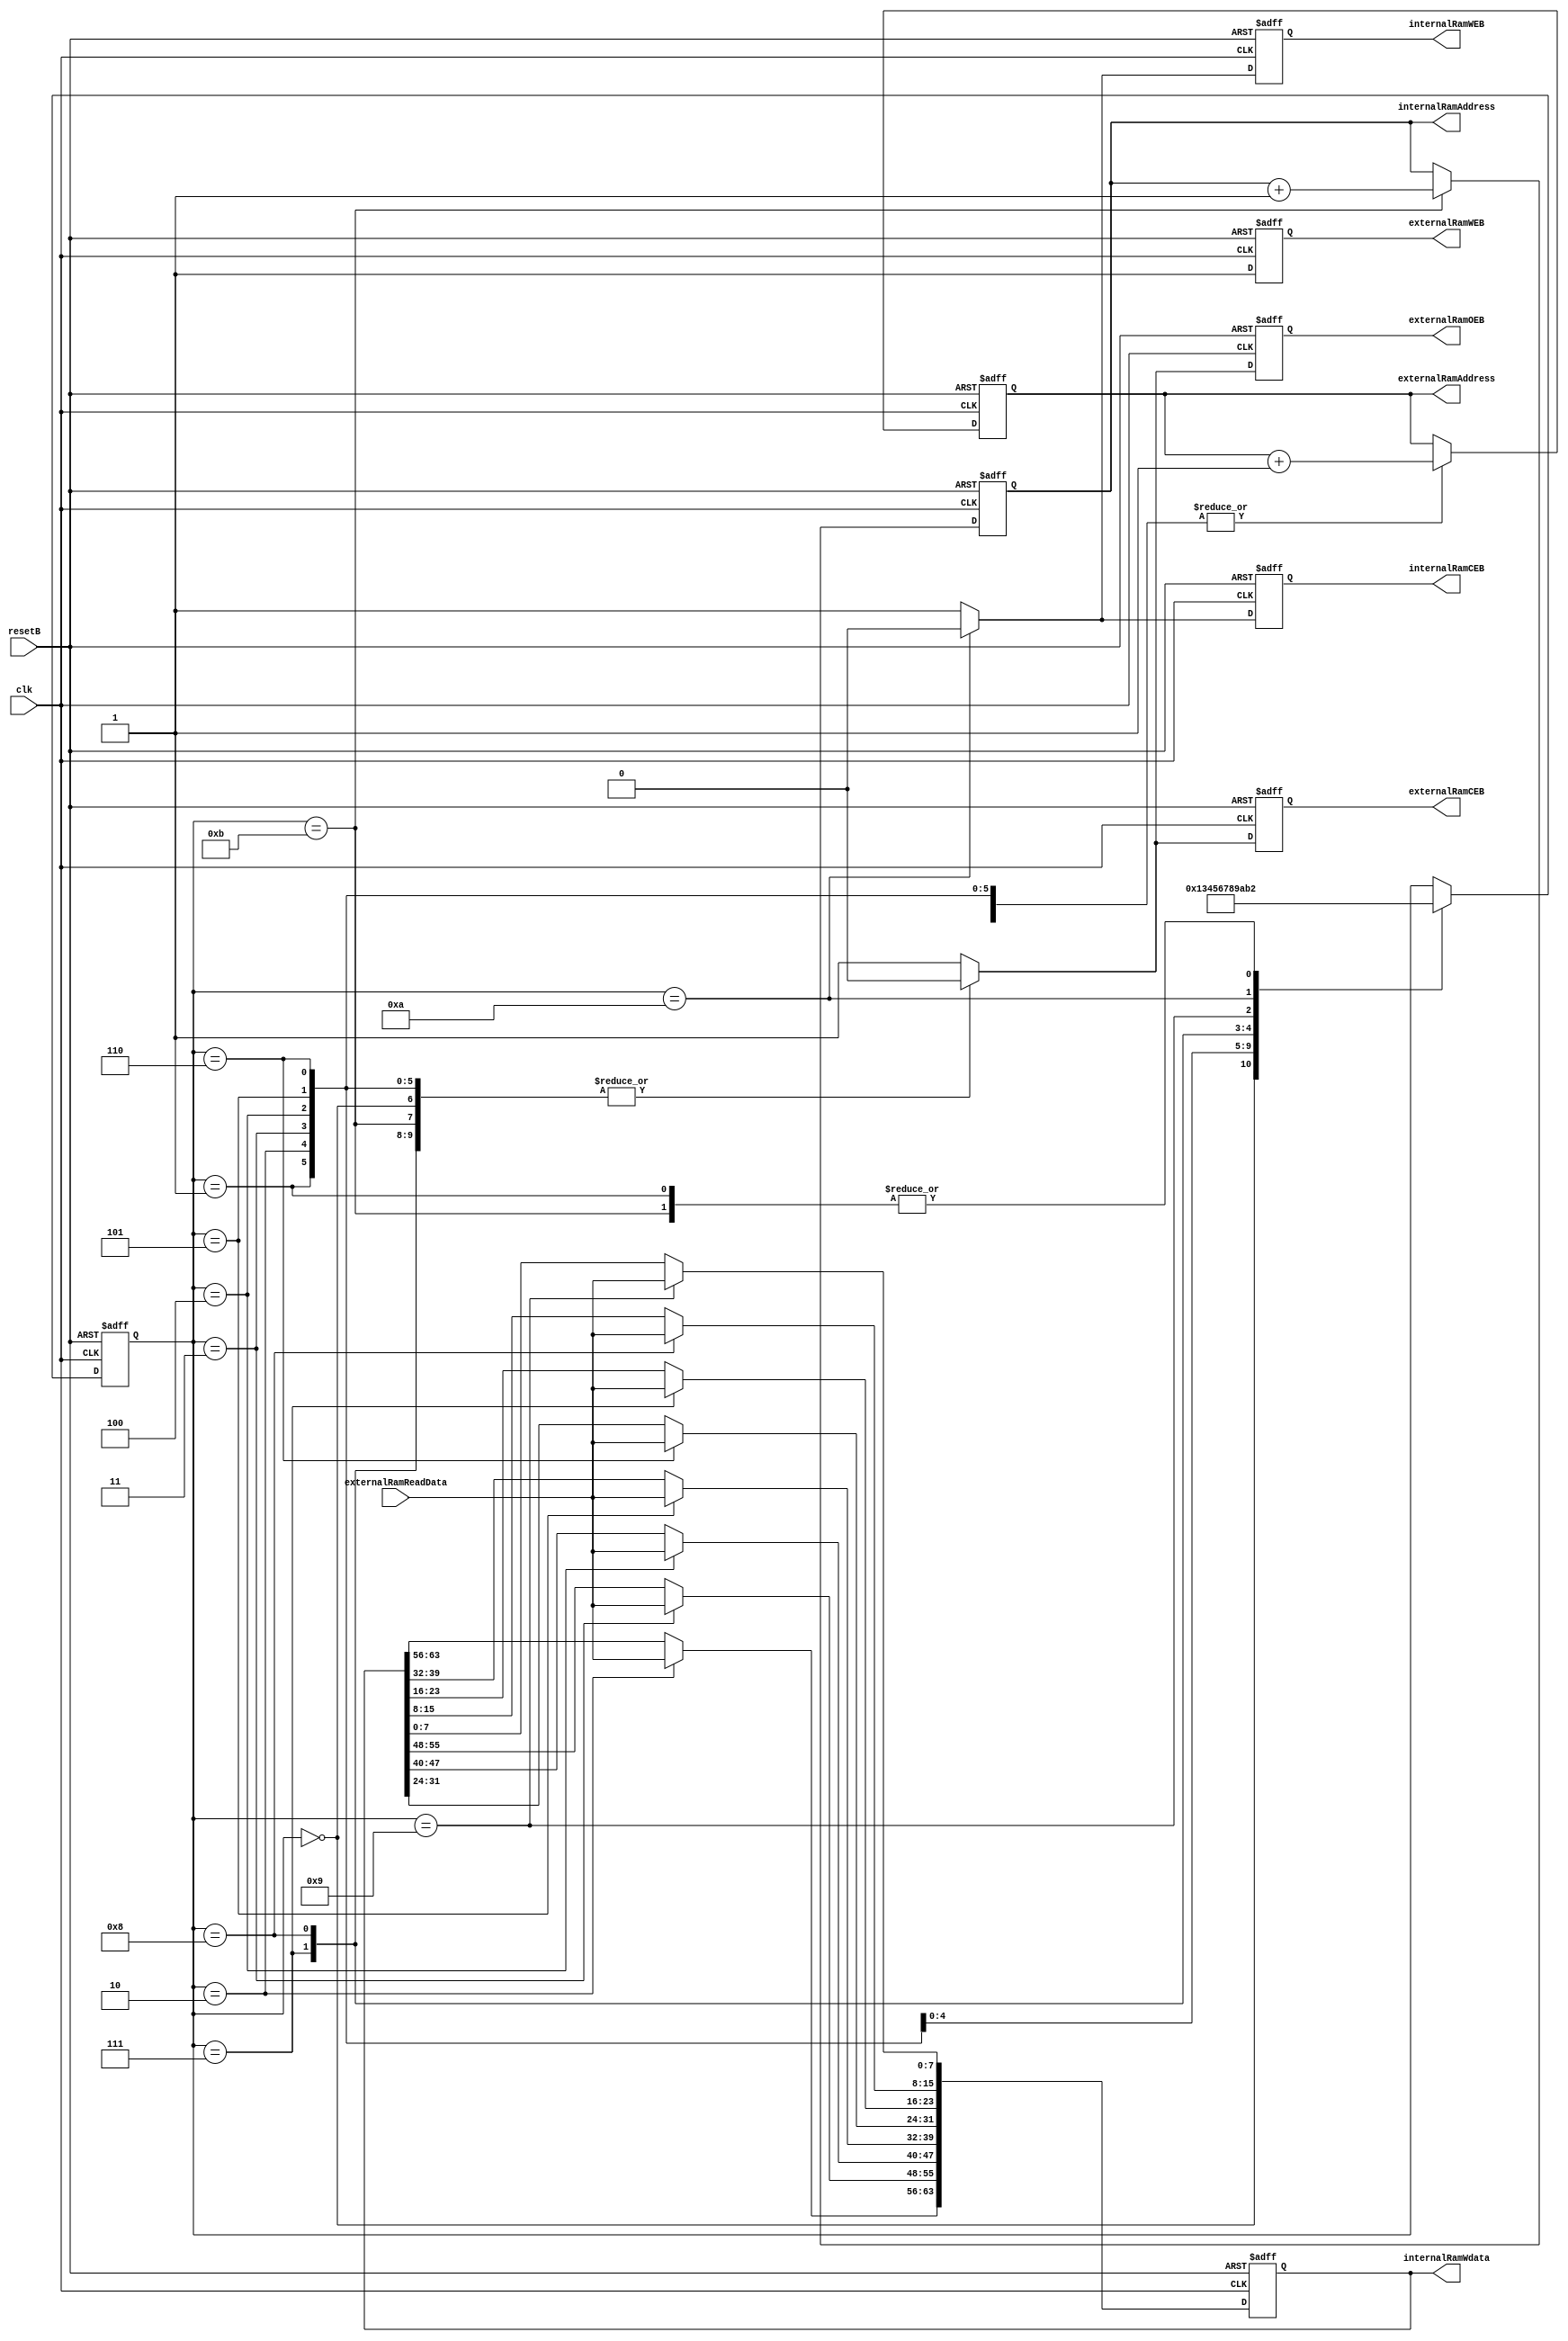
module ram_loader(
   //outputs
   internalRamAddress,
   internalRamWdata,
   internalRamCEB,
   internalRamWEB,
   externalRamCEB,
   externalRamWEB,
   externalRamOEB,
   externalRamAddress,

   //inputs
   clk,
   resetB,
   externalRamReadData
);

output[9:0] internalRamAddress;
output[63:0] internalRamWdata;
output internalRamCEB;
output internalRamWEB;
output externalRamCEB;
output externalRamWEB;
output externalRamOEB;
output[18:0] externalRamAddress;

input clk;
input resetB;
input[7:0] externalRamReadData;

reg[9:0] internalRamAddress;
reg[63:0] internalRamWdata;
reg internalRamCEB;
reg internalRamWEB;
reg externalRamCEB;
reg externalRamWEB;
reg externalRamOEB;
reg[18:0] externalRamAddress;

reg[9:0] nextInternalRamAddress;
reg[63:0] nextInternalRamWdata;
reg nextInternalRamCEB;
reg nextInternalRamWEB;
reg nextExternalRamCEB;
reg nextExternalRamWEB;
reg nextExternalRamOEB;
reg[18:0] nextExternalRamAddress;


//State Machine Parameters
parameter FSM_SIZE = 4;
parameter IDLE     = 4'b0000;
parameter SEND_RD  = 4'b0001;
parameter RD0      = 4'b0010;
parameter RD1      = 4'b0011;
parameter RD2      = 4'b0100;
parameter RD3      = 4'b0101;
parameter RD4      = 4'b0110;
parameter RD5      = 4'b0111;
parameter RD6      = 4'b1000;
parameter RD7      = 4'b1001;
parameter WR       = 4'b1010;
parameter WR2RD    = 4'b1011;

reg[FSM_SIZE-1:0] state;
reg[FSM_SIZE-1:0] next_state;

always @(state or internalRamAddress or externalRamReadData or internalRamWdata
         or externalRamAddress)
  begin
     nextInternalRamAddress = internalRamAddress;
     nextInternalRamWdata = internalRamWdata;
     nextInternalRamCEB = 1'b1;
     nextInternalRamWEB = 1'b1;
     nextExternalRamCEB = 1'b1;
     nextExternalRamWEB = 1'b1;
     nextExternalRamOEB = 1'b1;
     nextExternalRamAddress = externalRamAddress;
     next_state = state;
     case(state)
        IDLE:
           begin
              next_state = SEND_RD;
              nextExternalRamCEB = 1'b0;
              nextExternalRamWEB = 1'b1;
              nextExternalRamOEB = 1'b0;
           end
        SEND_RD:
           begin
              next_state = RD0;
              nextExternalRamCEB = 1'b0;
              nextExternalRamWEB = 1'b1;
              nextExternalRamOEB = 1'b0;
              nextExternalRamAddress = externalRamAddress + 19'h00001;
           end
        RD0:
           begin
              next_state = RD1;
              nextExternalRamCEB = 1'b0;
              nextExternalRamWEB = 1'b1;
              nextExternalRamOEB = 1'b0;
              nextExternalRamAddress = externalRamAddress + 19'h00001;
              nextInternalRamWdata[63:56] = externalRamReadData[7:0];
           end
        RD1:
           begin
              next_state = RD2;
              nextExternalRamCEB = 1'b0;
              nextExternalRamWEB = 1'b1;
              nextExternalRamOEB = 1'b0;
              nextExternalRamAddress = externalRamAddress + 19'h00001;
              nextInternalRamWdata[55:48] = externalRamReadData[7:0];
           end
        RD2:
           begin
              next_state = RD3;
              nextExternalRamCEB = 1'b0;
              nextExternalRamWEB = 1'b1;
              nextExternalRamOEB = 1'b0;
              nextExternalRamAddress = externalRamAddress + 19'h00001;
              nextInternalRamWdata[47:40] = externalRamReadData[7:0];
           end
        RD3:
           begin
              next_state = RD4;
              nextExternalRamCEB = 1'b0;
              nextExternalRamWEB = 1'b1;
              nextExternalRamOEB = 1'b0;
              nextExternalRamAddress = externalRamAddress + 19'h00001;
              nextInternalRamWdata[39:32] = externalRamReadData[7:0];
           end
        RD4:
           begin
              next_state = RD5;
              nextExternalRamCEB = 1'b0;
              nextExternalRamWEB = 1'b1;
              nextExternalRamOEB = 1'b0;
              nextExternalRamAddress = externalRamAddress + 19'h00001;
              nextInternalRamWdata[31:24] = externalRamReadData[7:0];
           end
        RD5:
           begin
              next_state = RD6;
              nextExternalRamCEB = 1'b0;
              nextExternalRamWEB = 1'b1;
              nextExternalRamOEB = 1'b0;
              nextExternalRamAddress = externalRamAddress + 19'h00001;
              nextInternalRamWdata[23:16] = externalRamReadData[7:0];
           end
        RD6:
           begin
              next_state = RD7;
              nextExternalRamCEB = 1'b0;
              nextExternalRamWEB = 1'b1;
              nextExternalRamOEB = 1'b0;
              nextExternalRamAddress = externalRamAddress + 19'h00001;
              nextInternalRamWdata[15:8] = externalRamReadData[7:0];
           end
        RD7:
           begin
              next_state = WR;
              nextInternalRamWdata[7:0] = externalRamReadData[7:0];
           end
        WR:
           begin
              next_state = WR2RD;
              nextInternalRamCEB = 1'b0;
              nextInternalRamWEB = 1'b0;
           end
        WR2RD:
           begin
              next_state = RD0;
              nextInternalRamAddress = internalRamAddress + 10'h001;
              nextExternalRamCEB = 1'b0;
              nextExternalRamWEB = 1'b1;
              nextExternalRamOEB = 1'b0;
              nextExternalRamAddress = externalRamAddress + 19'h00001;
           end
     endcase
  end


always @(posedge clk or negedge resetB)
  begin
     if (~resetB) begin
        internalRamAddress <= 10'h0;
        internalRamWdata <= 64'h0;
        internalRamCEB <= 1'b1;
        internalRamWEB <= 1'b1;
        externalRamCEB <= 1'b1;
        externalRamWEB <= 1'b1;
        externalRamOEB <= 1'b1;
        externalRamAddress <= 19'h0;
        state <= IDLE;
     end
     else begin
        internalRamAddress <= nextInternalRamAddress;
        internalRamWdata <= nextInternalRamWdata;
        internalRamCEB <= nextInternalRamCEB;
        internalRamWEB <= nextInternalRamWEB;
        externalRamCEB <= nextExternalRamCEB;
        externalRamWEB <= nextExternalRamWEB;
        externalRamOEB <= nextExternalRamOEB;
        externalRamAddress <= nextExternalRamAddress;
        state <= next_state;
     end
  end

endmodule